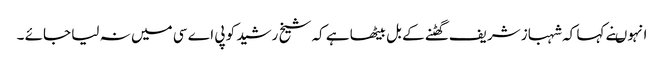
انہوںنے کہا کہ شہباز شریف گھٹنے کے بل بیٹھا ہے کہ شیخ رشید کو پی اے سی میں نہ لیا جائے ۔